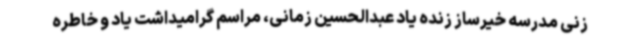
زنی مدرسه خیرساز زنده یاد عبدالحسین زمانی، مراسم گرامیداشت یاد و خاطره